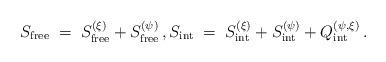
LaTeX: \begin{align*}S_{\mathrm{free}} \;=\; S^{(\xi)}_{\mathrm{free}}+S^{(\psi)}_{\mathrm{free}} \, , S_{\mathrm{int}} \;=\; S^{(\xi)}_{\mathrm{int}}+S^{(\psi)}_{\mathrm{int}}+Q_{\mathrm{int}}^{(\psi,\xi)} \, .\end{align*}